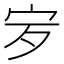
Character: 𡧒